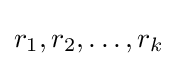
r_{1},r_{2},\ldots ,r_{k}